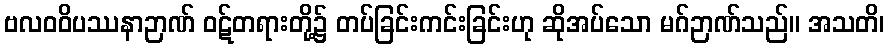
ဗလဝဝိပဿနာဉာဏ် ဝဋ်တရားတို့၌ တပ်ခြင်းကင်းခြင်းဟု ဆိုအပ်သော မဂ်ဉာဏ်သည်။ အသတိ၊